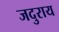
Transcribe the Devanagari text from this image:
जदुराय